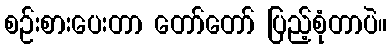
စဉ်းစားပေးတာ တော်တော် ပြည့်စုံတာပဲ။